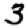
Digit: 3